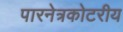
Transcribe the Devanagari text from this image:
पारनेत्रकोटरीय